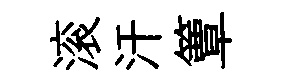
滚汗簟